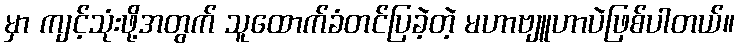
မှာ ကျင့်သုံးဖို့အတွက် သူထောက်ခံတင်ပြခဲ့တဲ့ မဟာဗျူဟာပဲဖြစ်ပါတယ်။